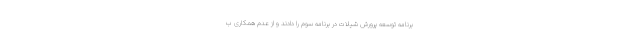
برنامه توسعه پرورش شیلات در برنامه سوم را دادند و از عدم همكارى ب